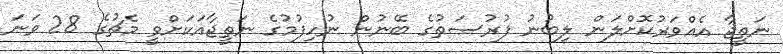
ނަތީޖާ އެއްވަރުކޮށްލަން ލިބުނު ފުރުސަތުގެ ބޭނުން ނުހިފުމުގެ ނަތީޖާއަކަށްވީ މެޗުގެ 28 ވަނަ